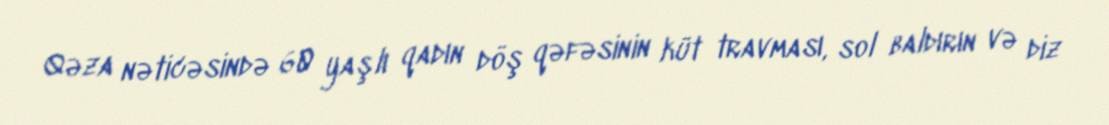
Qəza nəticəsində 60 yaşlı qadın döş qəfəsinin küt travması, sol baldırın və diz